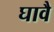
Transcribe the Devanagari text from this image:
घावै